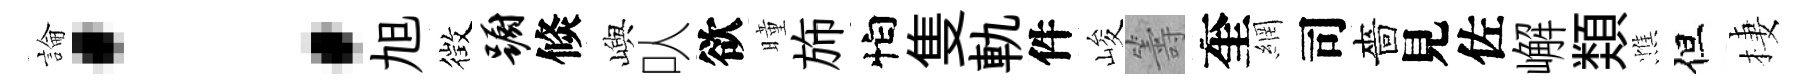
論：旭徴蹰倐嶼㕥欲曈斾怕隻軌件峻籌奎網司嗇見佐嶰𩔖憔但棲